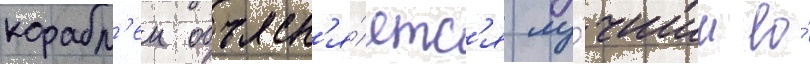
корабл'еи объясн'я́етс'я лу́чшим ео́